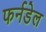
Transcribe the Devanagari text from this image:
फर्नडेल